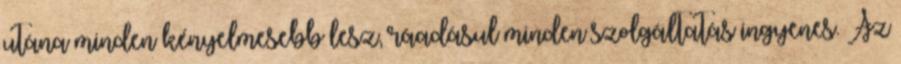
utána minden kényelmesebb lesz, ráadásul minden szolgáltatás ingyenes. Az